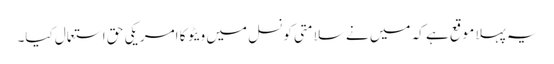
یہ پہلا موقع ہے کہ میں نے سلامتی کونسل میں ویٹو کا امریکی حق استعمال کیا۔